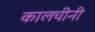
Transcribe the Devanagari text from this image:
कालचीनी